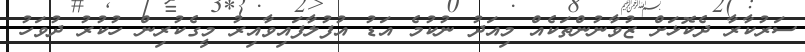
ސަރުކާރާ ދެކޮޅަށް ޒުވާނުންތަކެއް މިއަދު ނުކުމެ އަޑު އުފުލާފައިވާއިރު މީގެކުރިން ހުކުރު ދުވަހު